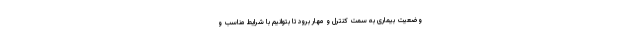
وضعیت بیماری به سمت کنترل و مهار برود تا بتوانیم با شرایط مناسب و